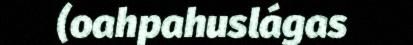
(oahpahuslágas